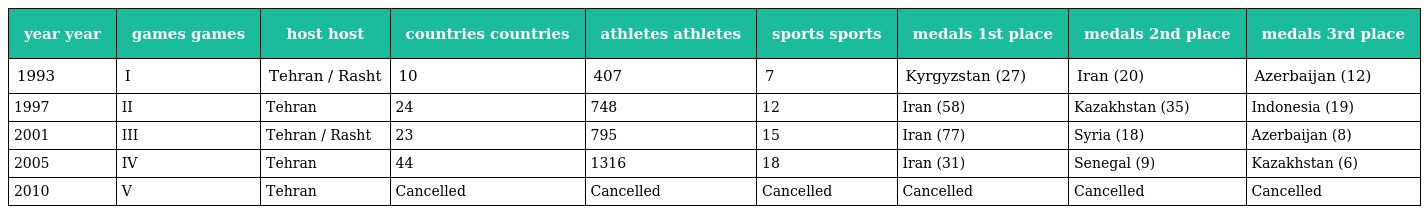
| year year | games games | host host | countries countries | athletes athletes | sports sports | medals 1st place | medals 2nd place | medals 3rd place |
 | --- | --- | --- | --- | --- | --- | --- | --- | --- |
 | 1993 | I | Tehran / Rasht | 10 | 407 | 7 | Kyrgyzstan (27) | Iran (20) | Azerbaijan (12) |
 | 1997 | II | Tehran | 24 | 748 | 12 | Iran (58) | Kazakhstan (35) | Indonesia (19) |
 | 2001 | III | Tehran / Rasht | 23 | 795 | 15 | Iran (77) | Syria (18) | Azerbaijan (8) |
 | 2005 | IV | Tehran | 44 | 1316 | 18 | Iran (31) | Senegal (9) | Kazakhstan (6) |
 | 2010 | V | Tehran | Cancelled | Cancelled | Cancelled | Cancelled | Cancelled | Cancelled |